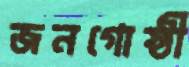
জনগোষ্ঠী